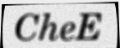
CheE